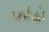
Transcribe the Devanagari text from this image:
फोंदो